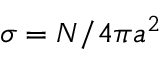
\sigma = N / 4 \pi a ^ { 2 }